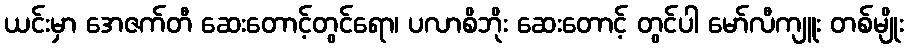
ယင်းမှာ အေဇက်တီ ဆေးတောင့်တွင်ရော၊ ပလာစိဘိုး ဆေးတောင့် တွင်ပါ မော်လီကျူး တစ်မျိုး